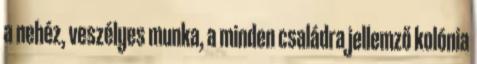
a nehéz, veszélyes munka, a minden családra jellemző kolónia